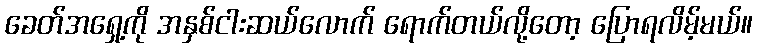
ခေတ်အရှေ့ကို အနှစ်ငါးဆယ်လောက် ရောက်တယ်လို့တော့ ပြောရလိမ့်မယ်။